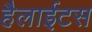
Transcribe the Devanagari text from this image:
हैलाईटस